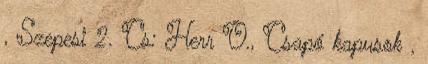
, Szepesi 2. Cs: Herr O., Csapó kapusok ,